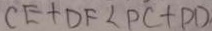
C E + D F < P C + P D